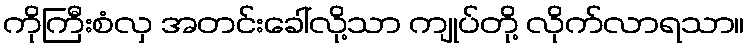
ကိုကြီးစံလှ အတင်းခေါ်လို့သာ ကျုပ်တို့ လိုက်လာရသာ။